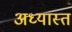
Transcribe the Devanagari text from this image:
अध्यास्त